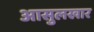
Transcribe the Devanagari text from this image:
आसुलखार